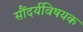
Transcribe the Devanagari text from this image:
सौंदर्यविषयक